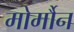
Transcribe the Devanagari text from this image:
मोर्मौन